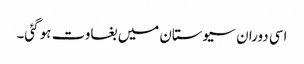
اسی دوران سیوستان میں بغاوت ہو گئی۔